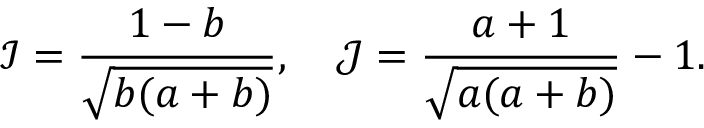
\mathcal { I } = \frac { 1 - b } { \sqrt { b ( a + b ) } } , \quad \mathcal { J } = \frac { a + 1 } { \sqrt { a ( a + b ) } } - 1 .